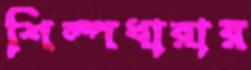
শিল্পধারার